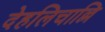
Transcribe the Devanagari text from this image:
देहलिचाल्लि